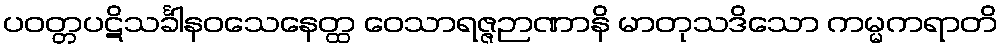
ပဝတ္တပဋိသင်္ခါနဝသေနေတ္ထ ဝေသာရဇ္ဇဉာဏာနိ မာတုသဒိသော ကမ္မကရာတိ